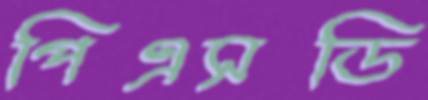
পিএসডি